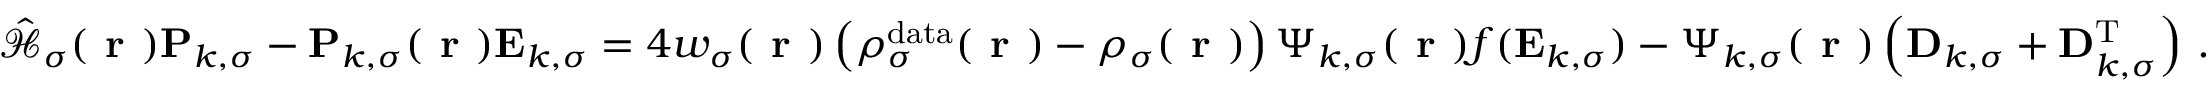
\hat { \mathcal { { H } } } _ { \sigma } ( \boldsymbol { \textbf { r } } ) \mathbf { P } _ { k , \sigma } - \mathbf { P } _ { k , \sigma } ( \boldsymbol { \textbf { r } } ) \mathbf { E } _ { k , \sigma } = 4 w _ { \sigma } ( \boldsymbol { \textbf { r } } ) \left( \rho _ { \sigma } ^ { \mathrm { d a t a } } ( \boldsymbol { \textbf { r } } ) - \rho _ { \sigma } ( \boldsymbol { \textbf { r } } ) \right) \boldsymbol { \Psi } _ { k , \sigma } ( \boldsymbol { \textbf { r } } ) f ( \mathbf { E } _ { k , \sigma } ) - \boldsymbol { \Psi } _ { k , \sigma } ( \boldsymbol { \textbf { r } } ) \left( \mathbf { D } _ { k , \sigma } + \mathbf { D } _ { k , \sigma } ^ { \mathrm { T } } \right) \, .